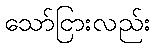
သော်ငြားလည်း